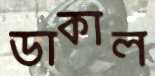
ডাকাল